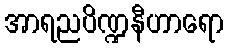
အာရညပိဏ္ဍနီဟာရော